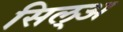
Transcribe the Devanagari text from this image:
सिल्‌अ